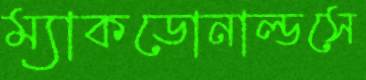
ম্যাকডোনাল্ডসে